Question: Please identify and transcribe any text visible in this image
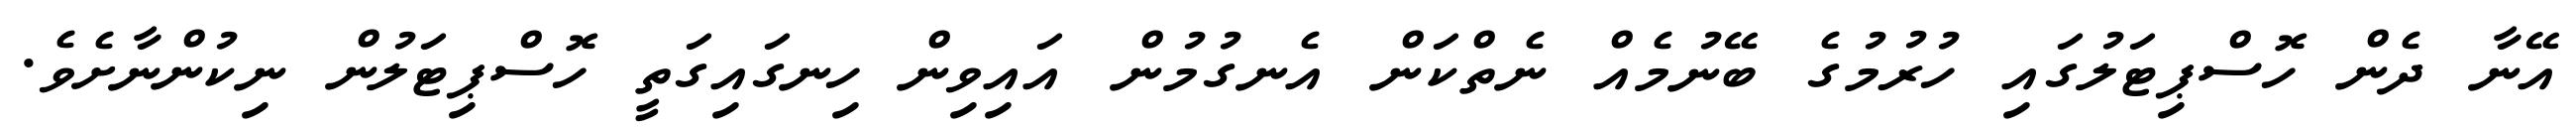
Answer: އޭނާ ދެން ހޮސްޕިޓަލުގައި ހުރުމުގެ ބޭނުމެއް ނެތްކަން އެނގުމުން އައިވިން ހިނގައިގަތީ ހޮސްޕިޓަލުން ނިކުންނާށެވެ.